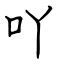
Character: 吖